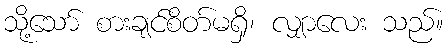
သို့သော် စားချင်စိတ်မရှိ၊ လျှာလေး သည်။